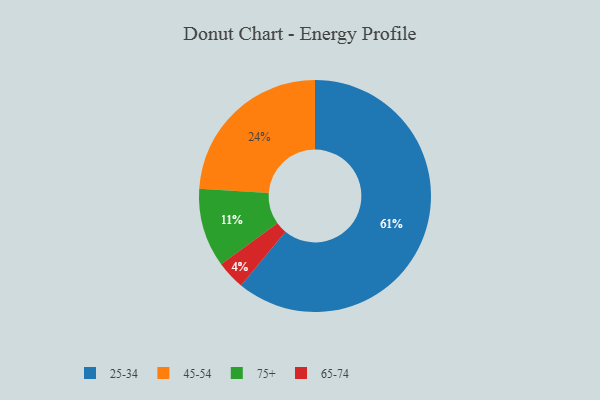
{"axis": {"x": "Category", "y": "Percentage"}, "legend": ["25-34", "45-54", "65-74", "75+"], "data": [{"x": "75+", "y": 11, "type": "75+"}, {"x": "25-34", "y": 61, "type": "25-34"}, {"x": "65-74", "y": 4, "type": "65-74"}, {"x": "45-54", "y": 24, "type": "45-54"}]}